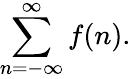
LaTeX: \displaystyle\sum_{n=-\infty}^{\infty}f(n).